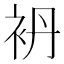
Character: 袇